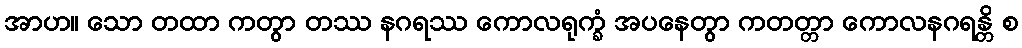
အာဟ။ သော တထာ ကတွာ တဿ နဂရဿ ကောလရုက္ခံ အပနေတွာ ကတတ္တာ ကောလနဂရန္တိ စ